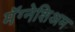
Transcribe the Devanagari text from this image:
मॅग्नेशिअम